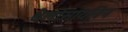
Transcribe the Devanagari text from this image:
थैलोसायनिन